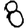
Digit: 8